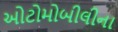
ઓટોમોબીલીના